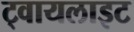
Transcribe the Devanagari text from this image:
ट्वायलाइट